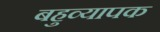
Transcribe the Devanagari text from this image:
बहुव्यापक